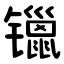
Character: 镴